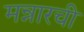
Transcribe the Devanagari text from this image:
मन्नारची